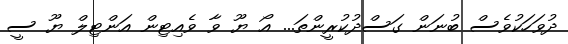
ދުވަހަކުވެސް ބުނަން ގަސްދުކުރީންތަ... އޯ ޔޫ ވާ ވެއިޓިން އަންޓިލް ޔޫ ސީ